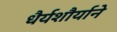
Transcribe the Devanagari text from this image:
धैर्यशौर्याने